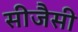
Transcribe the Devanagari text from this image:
सीजैसी